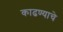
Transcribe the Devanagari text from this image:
काढण्‍याचे